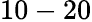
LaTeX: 10-20